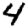
Digit: 4